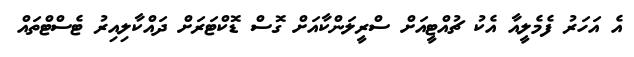
އެ އަހަރު ފެމެލީއާ އެކު ޗުއްޓީއަށް ސްރީލަންކާއަށް ގޮސް ޑޮކްޓަރަށް ދައްކާލިއިރު ޓެސްޓްތައް